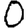
Digit: 0